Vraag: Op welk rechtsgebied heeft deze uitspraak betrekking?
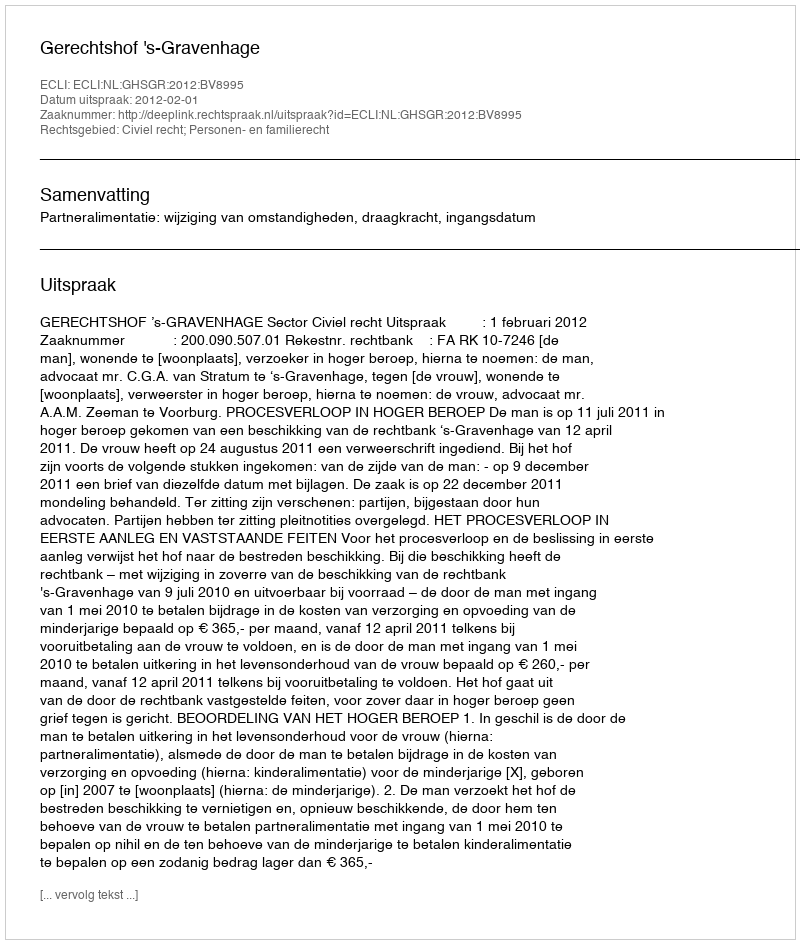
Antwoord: Civiel recht; Personen- en familierecht